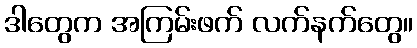
ဒါတွေက အကြမ်းဖက် လက်နက်တွေ။